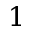
1